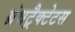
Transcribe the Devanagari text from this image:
ग्रंथट्रैक्टेटस